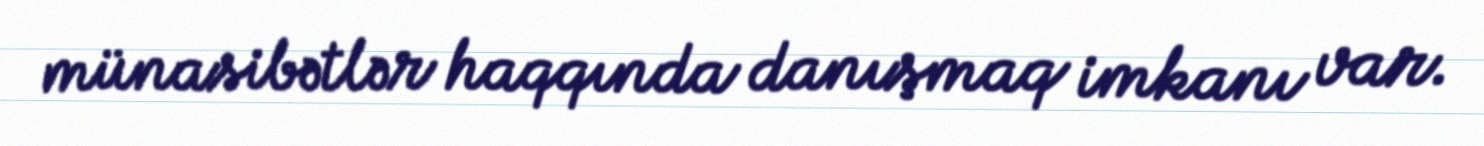
münasibətlər haqqında danışmaq imkanı var.